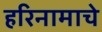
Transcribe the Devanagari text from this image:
हरिनामाचे